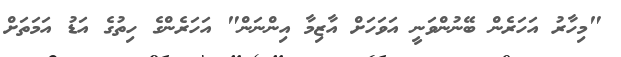
"މިހާރު އަހަރެން ބޭނުންވަނީ އަވަހަށް އާޒިމާ އިންނަން" އަހަރެންގެ ހިތުގެ އަޑު އަމަތަށް